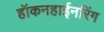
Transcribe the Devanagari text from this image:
हॉकनहाईनरिंग